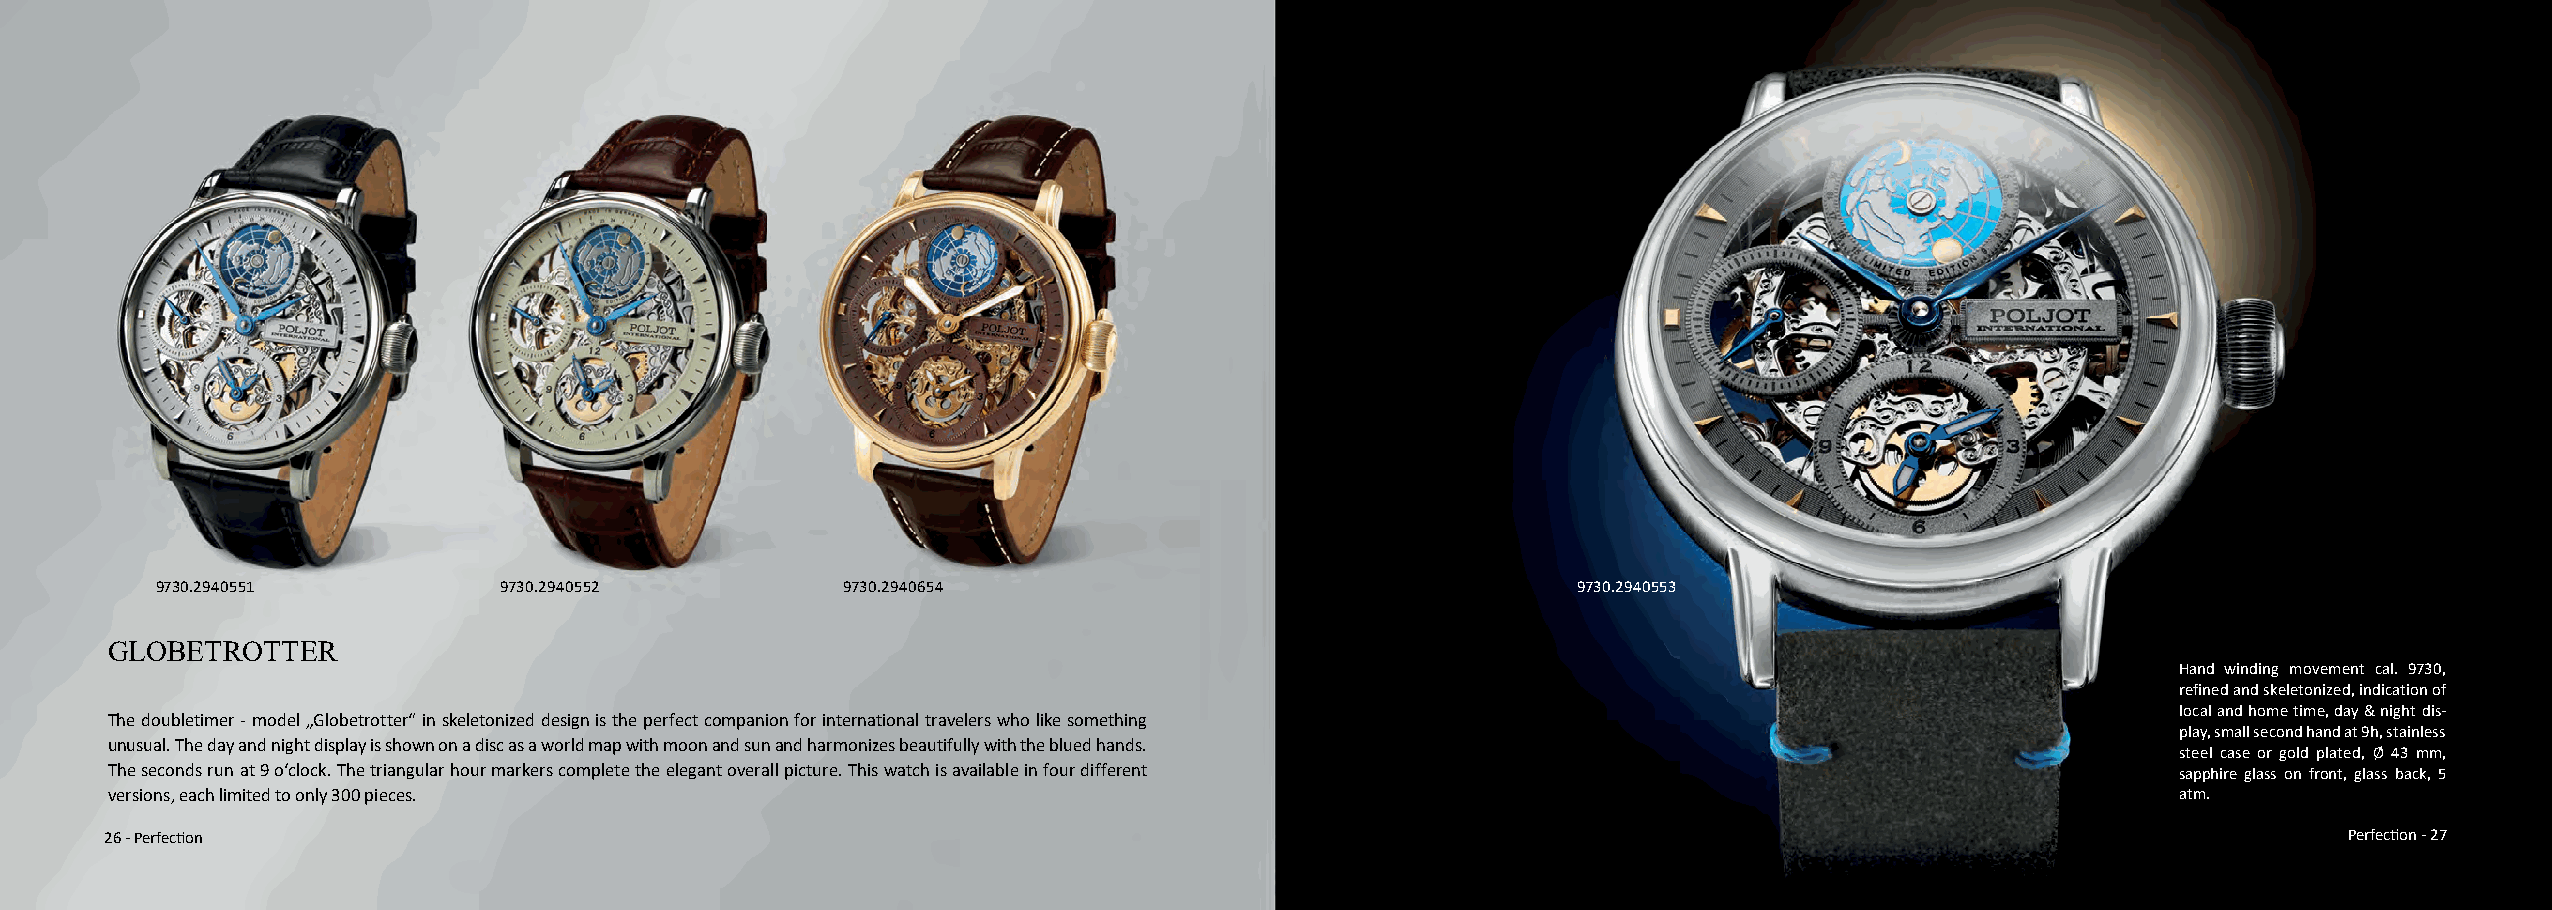
9730.2940551           9730.2940552           9730.2940654                                    9730.2940553
 GLOBETROTTER
 Hand winding movement cal. 9730,
 refined and skeletonized, indication of
 local and home time, day & night dis-
 The doubletimer - model „Globetrotter“ in skeletonized design is the perfect companion for international travelers who like something
 play, small second hand at 9h, stainless
 unusual. The day and night display is shown on a disc as a world map with moon and sun and harmonizes beautifully with the blued hands.
 steel case or gold plated, Ø 43 mm,
 The seconds run at 9 o‘clock. The triangular hour markers complete the elegant overall picture. This watch is available in four different sapphire glass on front, glass back, 5
 versions, each limited to only 300 pieces.                                                                                               atm.
 26 - Perfection                                                                                                                                     Perfection - 27